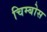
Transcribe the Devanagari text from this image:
चिम्बोस